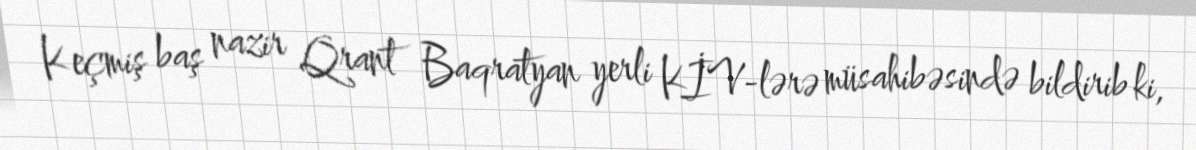
Keçmiş baş nazir Qrant Baqratyan yerli KİV-lərə müsahibəsində bildirib ki,